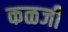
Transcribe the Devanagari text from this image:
कळजी